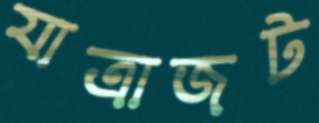
যাত্রাজট